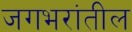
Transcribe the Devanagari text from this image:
जगभरांतील